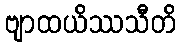
ဗျာထယိဿသီတိ